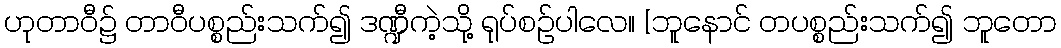
ဟုတာဝီ၌ တာဝီပစ္စည်းသက်၍ ဒဏ္ဍီကဲ့သို့ ရုပ်စဉ်ပါလေ။ [ဘူနောင် တပစ္စည်းသက်၍ ဘူတော